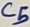
Text: C5